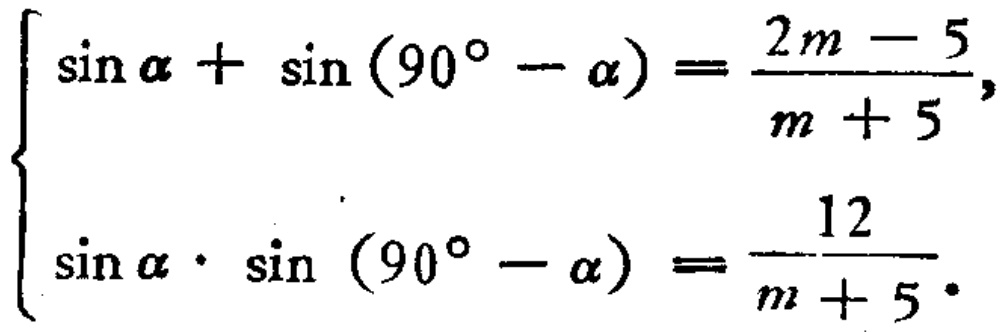
\[\begin{cases}
\sin\alpha+\sin(90^{\circ}-\alpha)=\frac{2m - 5}{m + 5},\\
\sin\alpha\cdot\sin(90^{\circ}-\alpha)=\frac{12}{m + 5}.
\end{cases}\]